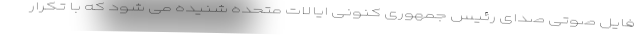
فایل صوتی صدای رئیس جمهوری کنونی ایالات متحده شنیده می شود که با تکرار